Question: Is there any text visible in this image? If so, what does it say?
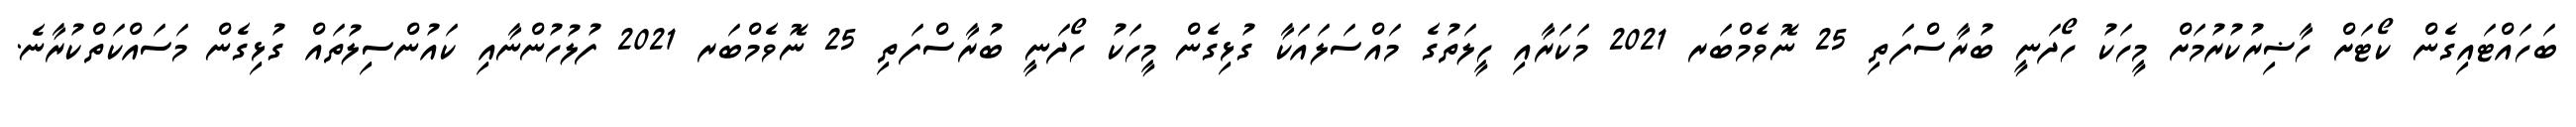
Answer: ބަހައްޓައިގެން ކޯޓަށް ހާޟިރުކުރުމަށް މީހަކު ހޯދަނީ ބުރާސްފަތި 25 ނޮވެމްބަރ 2021 މަކަރާއި ހީލަތުގެ މައްސަލައަކާ ގުޅިގެން މީހަކު ހޯދަނީ ބުރާސްފަތި 25 ނޮވެމްބަރ 2021 ފުލުހުންނާއި ކައުންސިލުތައް ގުޅިގެން މަސައްކަތްކުރާނެ.